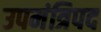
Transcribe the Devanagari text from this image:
उपमंत्रिपद